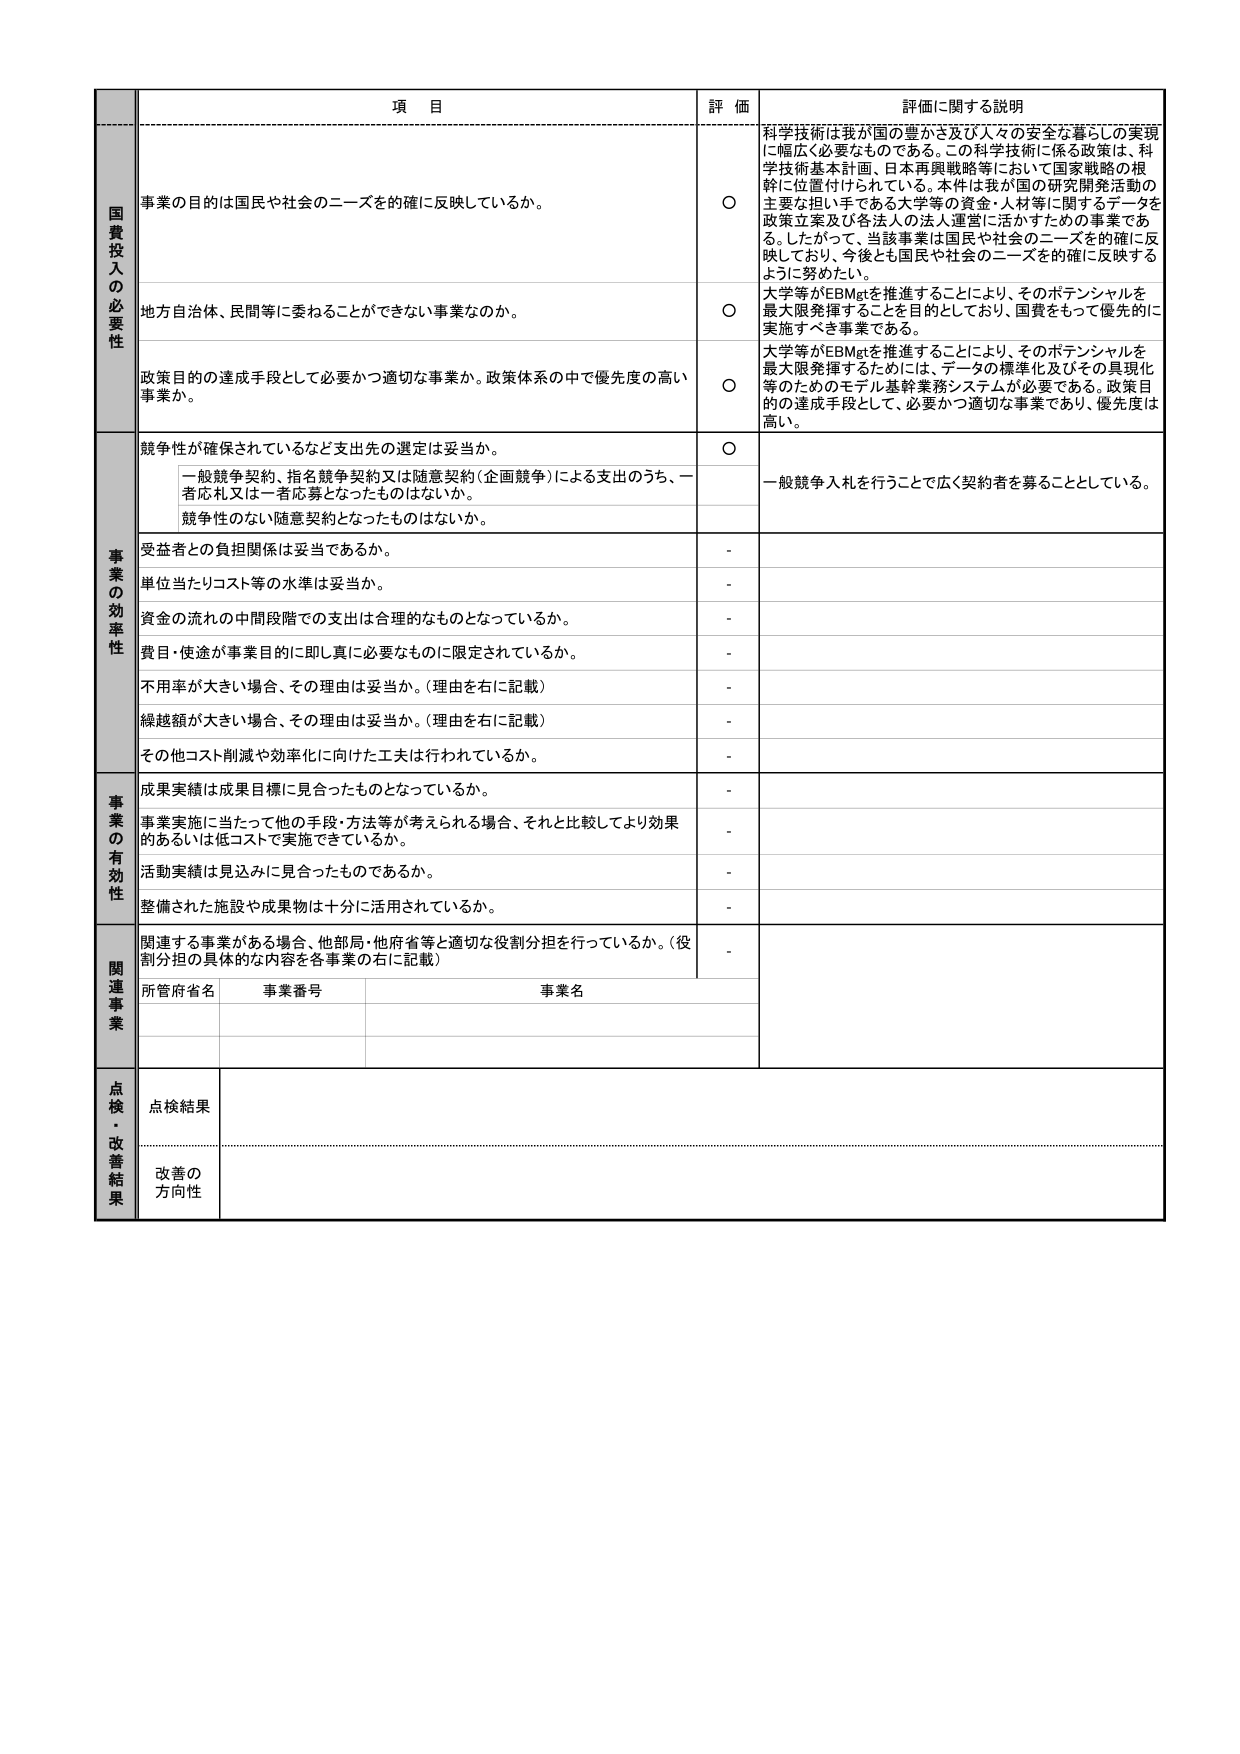
項目 評価 評価に関する説明
国費投入の必要性 事業の目的は国民や社会のニーズを的確に反映しているか。 ○ 科学技術は我が国の豊かさ及び人々の安全な暮らしの実現に幅広く必要なものである。この科学技術に係る政策は、科学技術基本計画、日本再興戦略等において国家戦略の根幹に位置付けられている。本件は我が国の研究開発活動の主要な担い手である大学等の資金・人材等に関するデータを政策立案及び各法人の法人運営に活かすための事業である。したがって、当該事業は国民や社会のニーズを的確に反映しており、今後とも国民や社会のニーズを的確に反映するように努めたい。
地方自治体、民間等に委ねることができない事業なのか。 ○ 大学等がEBMgtを推進することにより、そのポテンシャルを最大限発揮することを目的としており、国費をもって優先的に実施すべき事業である。
政策目的の達成手段として必要かつ適切な事業か。政策体系の中で優先度の高い事業か。 ○ 大学等がEBMgtを推進することにより、そのポテンシャルを最大限発揮するためには、データの標準化及びその具現化等のためのモデル基幹業務システムが必要である。政策目的の達成手段として、必要かつ適切な事業であり、優先度は高い。
事業の効率性 競争性が確保されているなど支出先の選定は妥当か。 ○ 一般競争入札を行うことで広く契約者を募ることとしている。 一般競争契約、指名競争契約又は随意契約（企画競争）による支出のうち、一者応札又は一者応募となったものはないか。 競争性のない随意契約となったものはないか。 受益者との負担関係は妥当であるか。 - 単位当たりコスト等の水準は妥当か。 - 資金の流れの中間段階での支出は合理的なものとなっているか。 - 費目・使途が事業目的に即し真に必要なものに限定されているか。 - 不用率が大きい場合、その理由は妥当か。（理由を右に記載） - 繰越額が大きい場合、その理由は妥当か。（理由を右に記載） - その他コスト削減や効率化に向けた工夫は行われているか。 -
事業の有効性 成果実績は成果目標に見合ったものとなっているか。 - 事業実施に当たって他の手段・方法等が考えられる場合、それと比較してより効果的あるいは低コストで実施できているか。 - 活動実績は見込みに見合ったものであるか。 - 整備された施設や成果物は十分に活用されているか。 -
関連事業 関連する事業がある場合、他部局・他府省等と適切な役割分担を行っているか。（役割分担の具体的な内容を各事業の右に記載） - 所管府省名 事業番号 事業名
点検・改善結果 点検結果 改善の方向性